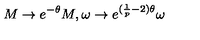
M \rightarrow e ^ { - \theta } M , \omega \rightarrow e ^ { ( \frac { 1 } { p } - 2 ) \theta } \omega